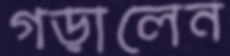
গড়ালেন